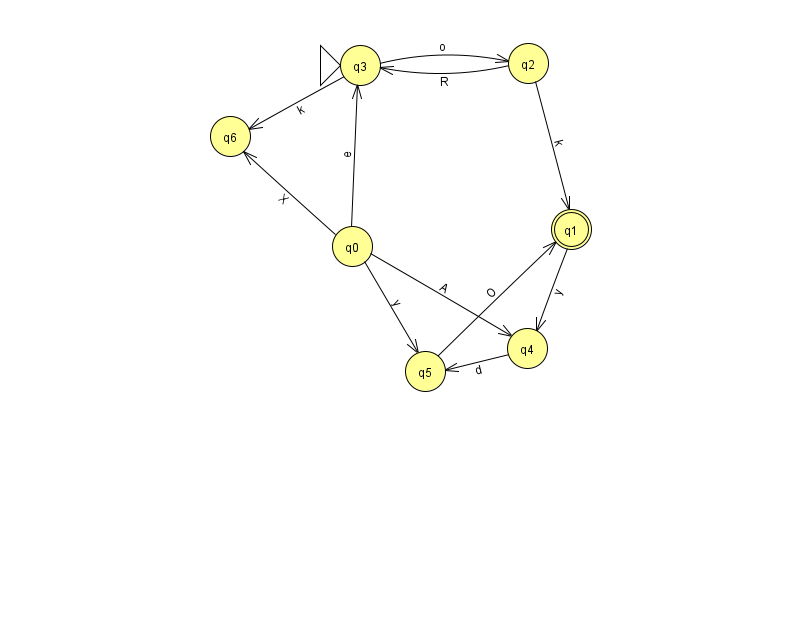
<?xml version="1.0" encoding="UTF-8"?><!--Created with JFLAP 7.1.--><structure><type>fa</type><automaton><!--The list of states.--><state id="0" name="q0"><x>352.0</x><y>233.0</y></state><state id="1" name="q1"><x>571.0</x><y>216.0</y><final/></state><state id="2" name="q2"><x>528.0</x><y>50.0</y></state><state id="3" name="q3"><x>360.0</x><y>52.0</y><initial/></state><state id="4" name="q4"><x>527.0</x><y>335.0</y></state><state id="5" name="q5"><x>425.0</x><y>358.0</y></state><state id="6" name="q6"><x>230.0</x><y>123.0</y></state><!--The list of transitions.--><transition><from>3</from><to>2</to><read>o</read></transition><transition><from>5</from><to>1</to><read>O</read></transition><transition><from>2</from><to>1</to><read>k</read></transition><transition><from>1</from><to>4</to><read>y</read></transition><transition><from>4</from><to>5</to><read>d</read></transition><transition><from>0</from><to>4</to><read>A</read></transition><transition><from>3</from><to>6</to><read>k</read></transition><transition><from>0</from><to>6</to><read>X</read></transition><transition><from>0</from><to>3</to><read>e</read></transition><transition><from>0</from><to>5</to><read>y</read></transition><transition><from>2</from><to>3</to><read>R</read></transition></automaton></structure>